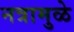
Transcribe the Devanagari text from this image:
नत्रामुळे